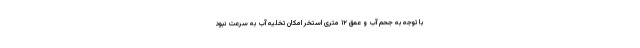
با توجه به جحم آب و عمق ۱۲ متری استخر امکان تخلیه آب به سرعت نبود